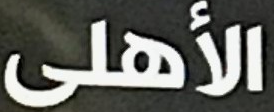
الأهلى